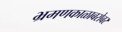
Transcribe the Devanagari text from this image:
भ्रमणकाळाबरोबर